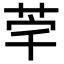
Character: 𮎸